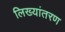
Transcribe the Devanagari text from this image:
लिख्यांतरण